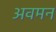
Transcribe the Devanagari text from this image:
अवमन